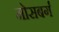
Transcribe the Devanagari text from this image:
मोसबर्ग